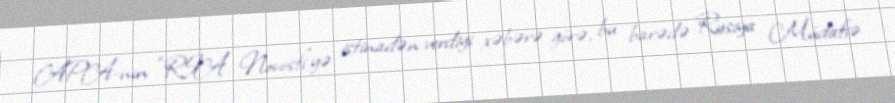
APA-nın “RİA Novosti”yə istinadən verdiyi xəbərə görə, bu barədə Rusiya Müdafiə